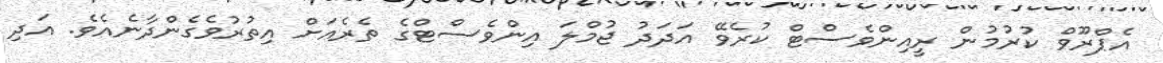
އެޕްރޫވް ކުރުމުން ރީއިންވެސްޓް ކުރެވޭ އަދަދު ޖުމްލަ އިންވެސްޓްގެ ތެރެއަށް އިތުރުވެގެންދާނެއެވެ. އަދި